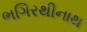
ભગિરથીનાથ